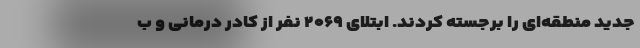
جدید منطقه‌ای را برجسته کردند. ابتلای ۲۰۶۹ نفر از کادر درمانی و ب